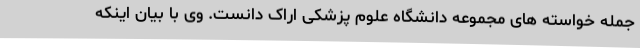
جمله خواسته های مجموعه دانشگاه علوم پزشکی اراک دانست. وی با بیان اینکه